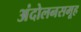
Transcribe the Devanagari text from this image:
अंदोलनसमूह